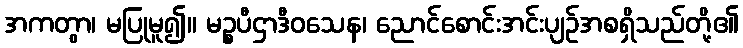
အကတွာ၊ မပြုမူ၍။ မဉ္စပီဌာဒီဝသေန၊ ညောင်စောင်းအင်းပျဉ်အစရှိသည်တို့၏